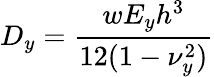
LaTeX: D_{y}=\frac{wE_{y}h^{3}}{12(1-\nu_{y}^{2})}